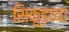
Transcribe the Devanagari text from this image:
सिकुड़ाया